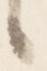
候